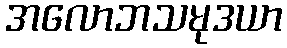
အလောဘသမုဒယာ